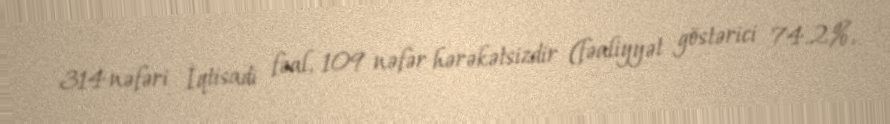
314 nəfəri İqtisadi fəal, 109 nəfər hərəkətsizdir (fəaliyyət göstərici 74.2%,